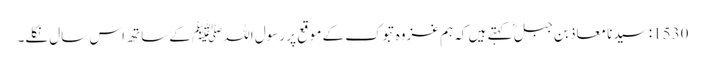
1530: سیدنا معاذ بن جبلؓ کہتے ہیں کہ ہم غزوہ تبوک کے موقع پر رسول اللہﷺ کے ساتھ اس سال نکلے۔